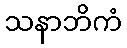
သနာဘိကံ